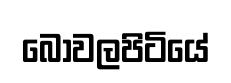
බෝවලපිටියේ